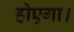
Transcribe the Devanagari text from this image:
होएगा।